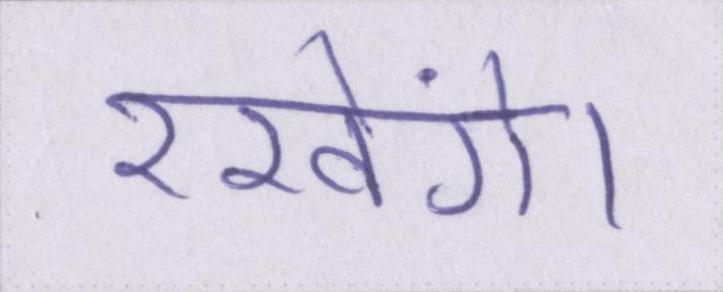
रखेंगे।